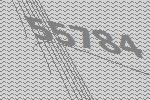
55784